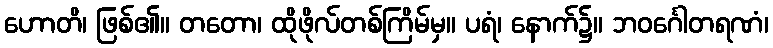
ဟောတိ၊ ဖြစ်၏။ တတော၊ ထိုဖိုလ်တစ်ကြိမ်မှ။ ပရံ၊ နောက်၌။ ဘဝင်္ဂေါတရဏံ၊